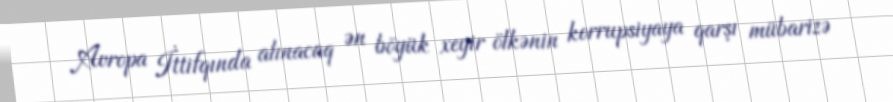
Avropa İttifqında alınacaq ən böyük xeyir ölkənin korrupsiyaya qarşı mübarizə